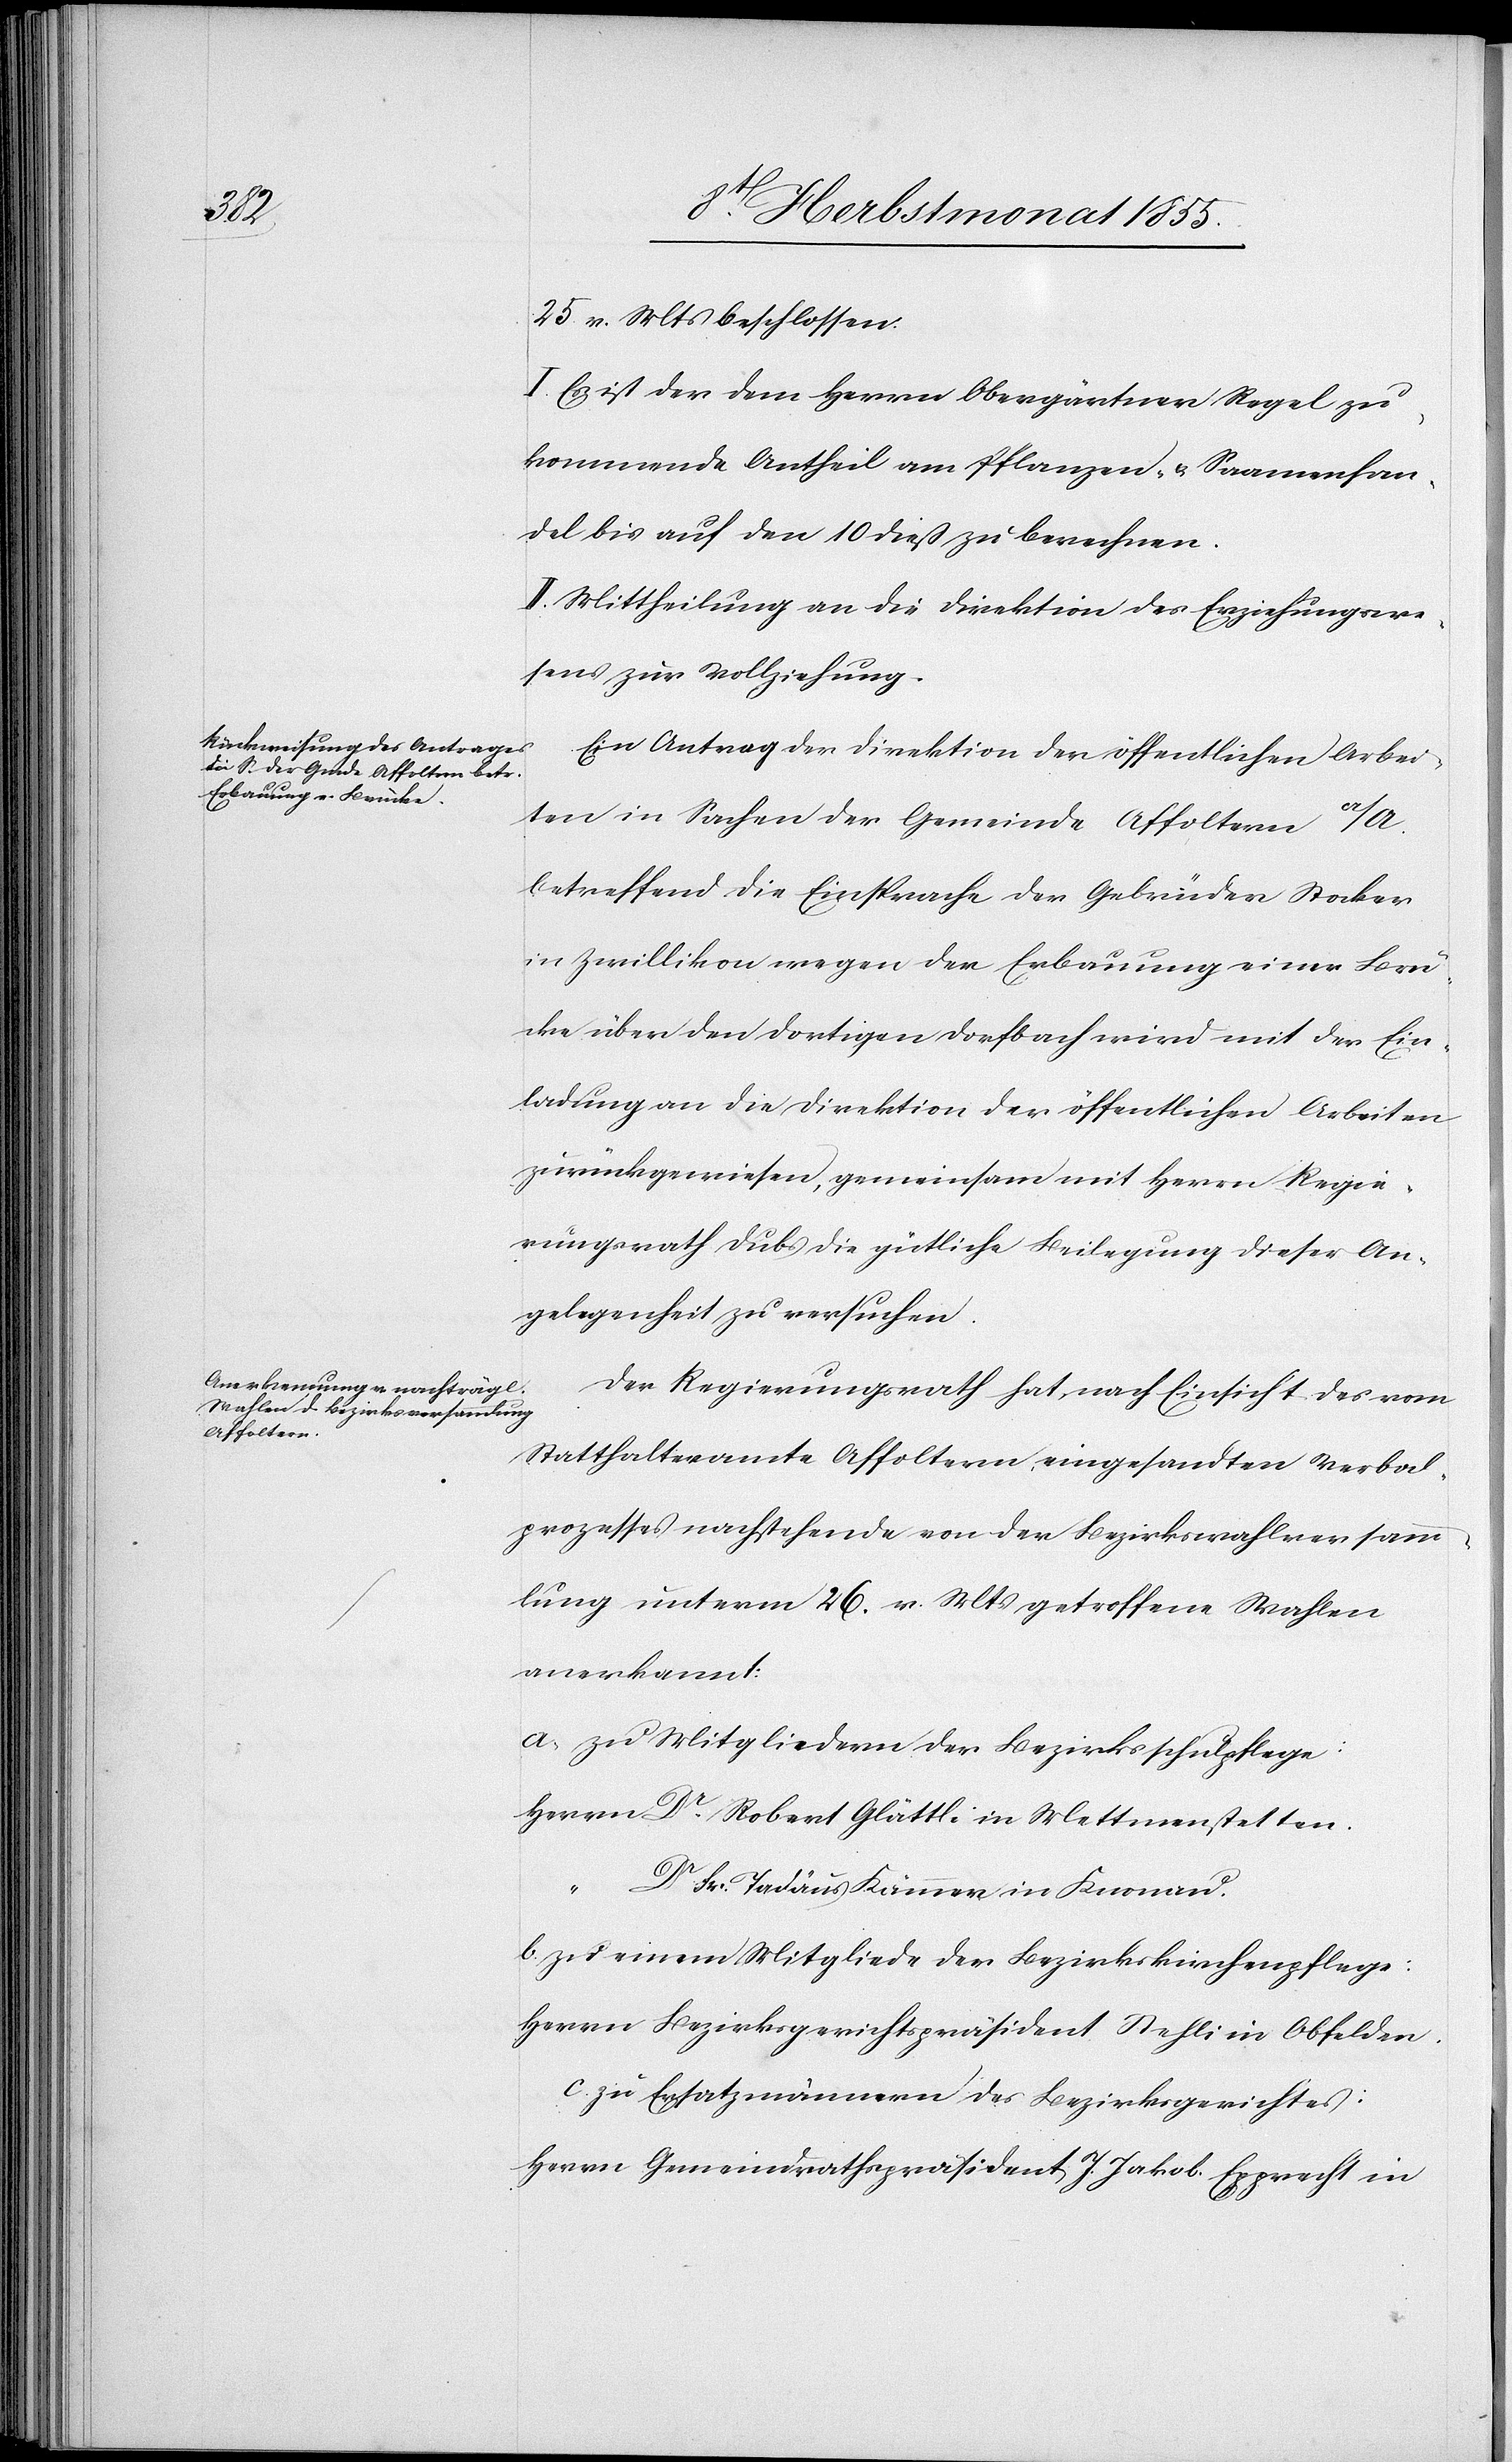
25. v. Mts beschlossen:
I. Es ist der dem Herrn Obergärtner Regel zu¬
kommende Antheil am Pflanzen- & Saamenhan¬
del bis auf den 10 dieß zu berechnen.
II. Mittheilung an die Direktion des Erziehungswe¬
sens zur Vollziehung.
Ein Antrag der Direktion der öffentlichen Arbei¬
ten in Sachen der Gemeinde Affoltern a/A.
betreffend die Einsprache der Gebrüder Stocker
in Zwillikon wegen der Erbauung einer Brü¬
cke über den dortigen Dorfbach wird mit der Ein¬
ladung an die Direktion der öffentlichen Arbeiten
zurückgewiesen, gemeinsam mit Herrn Regie¬
rungsrath Dubs die gütliche Beilegung dieser An¬
gelegenheit zu versuchen.
Der Regierungsrath hat, nach Einsicht des vom
Statthalteramte Affoltern eingesandten Verbal¬
prozesses nachstehende von der Bezirkswahlversamm¬
lung unterm 26. v. Mts getroffene Wahlen
anerkannt:
a. zu Mitgliedern der Bezirksschulpflege:
Herrn Dr. Robert Glättli in Mettmenstetten.
“ Dr Fr. Tadäus Kämmer in Knonau.
b. zu einem Mitgliede der Bezirkskirchenpflege:
Herrn Bezirksgerichtspräsident Stehli in Obfelden.
c. zu Ersatzmännern des Bezirksgerichtes:
Herrn Gemeindrathspräsident J. Jakob Epprecht in